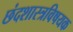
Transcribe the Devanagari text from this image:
छंदशास्त्रविषयक